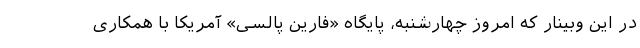
در این وبینار که امروز چهارشنبه، پایگاه «فارین پالسی» آمریکا با همکاری